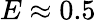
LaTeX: E\approx 0.5